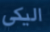
اليكي